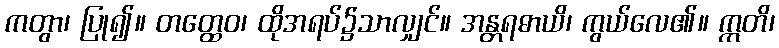
ကတွာ၊ ပြု၍။ တတ္ထေဝ၊ ထိုအရပ်၌သာလျှင်။ အန္တရဓာယိ၊ ကွယ်လေ၏။ ဣတိ၊